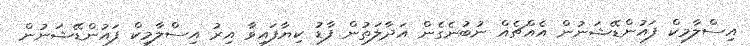
އިސްލާމިކް ފައުންޑޭޝަނުން އެއްޗެއް ނުބުނެގެން އަދާލަތުން ފާޑު ކިޔާފައިވާ އިރު އިސްލާމިކް ފައުންޑޭޝަނުން